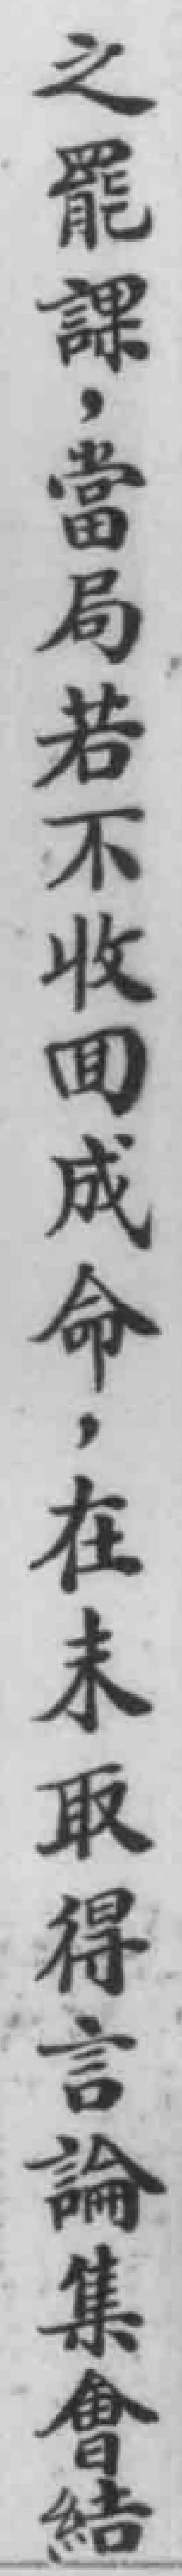
之罷課，當局若不收回成命，在未取得言論集會结